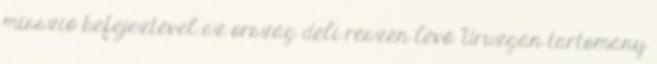
misszió befejeztével az ország déli részén lévő Uruzgán tartomány